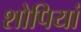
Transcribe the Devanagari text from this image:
शोपियां